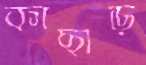
কাছাড়